Report on vaccination North-West Frontier Province 1904-1922 - 1904-1922
Year: 1904
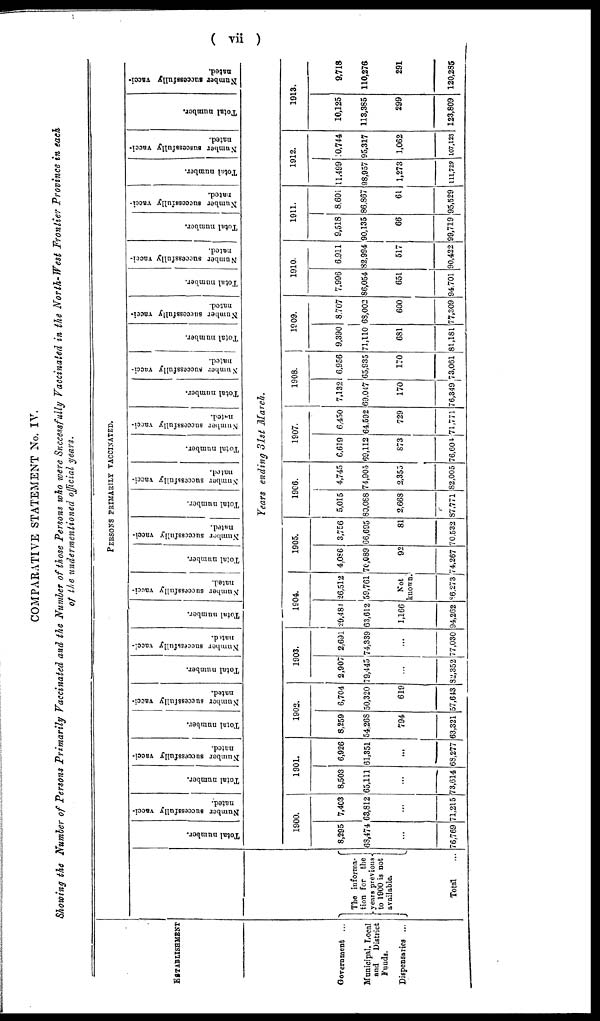
( viii)
COMPARATIVE STATEMENT No. IV.
Showing the Number of Persons Primarily Vaccinated and the Number of those Persons who were Successfully Vaccinated in the North-West Frontier Province in each
of the undermentioned official years.
ESTABLISHMENT
Government ...
Municipal, Local
and
District
Funds.
Dispensaries ...
PERSONS PRIMARILY VACCINATED.
The informa-
tion for the
years previous
to 1900 is not
available.
Total ...
Total number.
Number successfully vacci-
nated.
Total number.
Number successfully vacci-
nated.
Total number.
Number successfully vacci-
nated.
Total number.
Number successfully vacci¬
nated.
Total number.
Number successfully vacci-
nated.
Total number.
Number successfully vacci-
nated.
Total number.
Number successfully vacci-
nated.
Total number.
Number successfully vacci¬
nated.
Total number.
Number successfully vacci-
nated.
Total number.
Number successfully vacci-
nated.
Total number.
Number successfully vacci-
nated.
Total number.
Number successfully vacci-
nated.
Total number.
Number suscessfully vacci-
nated.
Total number.
Number successfully vacci-
nated.
Years ending 31st March.
1900.
8,295
63,474
...
76,769
7,403
63,812
...
71,215
1901.
8,503
65,111
...
73,614
6,926
61,351
...
68,277
1902.
8,259
54,268
794
63,321
6,704
50,320
619
57,643
1903.
2,907
79,445
...
82,352
2,691
74,339
...
77,030
1904.
29,484
63,612
1,166
94,262
26,512
59,761
Not
known.
86,273
1905.
4,086
70,089
92
74,267
3,756
66,695
81
70,532
1906.
5,015
80,088
2,668
87,771
4,745
74,905
2,355
82,005
1907.
6,619
69,112
873
76,604
6,450
64,592
729
71,771
1908.
7,132
69,047
170
76,349
6,956
65,935
170
73,061
1909.
9,390
71,110
681
81,181
8,707
68,002
600
77,309
1910.
7,996
86,054
651
94,701
6,911
82,994
517
90,422
1911.
9,518
90,135
66
99,719
8,601
86,867
61
95,529
1912.
11,499
98,957
1,273
111,729
10,744
95,317
1,062
107,123
1913.
10,125
113,385
299
123,809
9,718
110,276
291
120,285